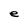
Character: e